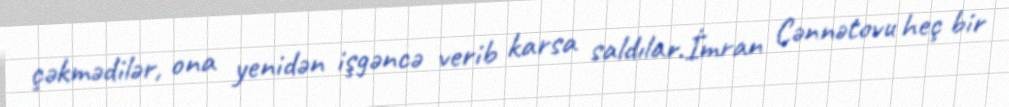
çəkmədilər, ona yenidən işgəncə verib karsa saldılar.İmran Cənnətovu heç bir